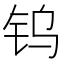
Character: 钨